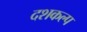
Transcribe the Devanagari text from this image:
दशकल्प